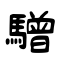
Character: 驓